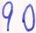
9 0